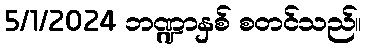
5/1/2024 ဘဏ္ဍာနှစ် စတင်သည်။